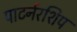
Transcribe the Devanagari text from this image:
पाटर्नरशिप